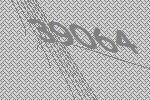
39064